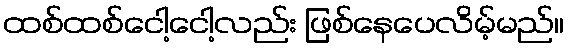
ထစ်ထစ်ငေါ့ငေါ့လည်း ဖြစ်နေပေလိမ့်မည်။